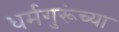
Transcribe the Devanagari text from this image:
धर्मगुरूंच्या